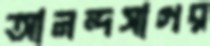
আনন্দসাগর